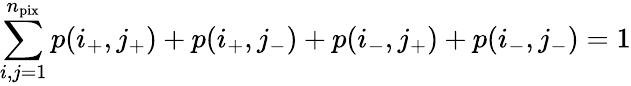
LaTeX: \sum_{i,j=1}^{n_{\mathrm{pix}}}p(i_{+},j_{+})+p(i_{+},j_{-})+p(i_{-},j_{+})+p(i_{-},j_{-})=1